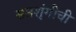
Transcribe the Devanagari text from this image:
सप्तशृंगीची